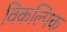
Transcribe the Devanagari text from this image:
विकल्पिक